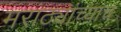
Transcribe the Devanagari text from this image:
मराठ्यांच्याच